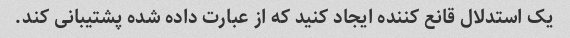
یک استدلال قانع کننده ایجاد کنید که از عبارت داده شده پشتیبانی کند.